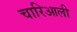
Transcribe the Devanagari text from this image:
चारिआली